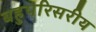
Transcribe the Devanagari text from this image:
बहुपरिसरीय